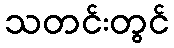
သတင်းတွင်